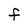
Character: F